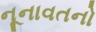
નૂનાવતનો